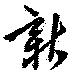
新